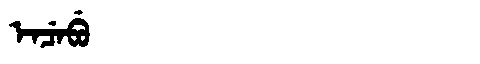
Manchu: ᡝᠨᠴᡝᠪᡠ
Romanization: ENCEBU